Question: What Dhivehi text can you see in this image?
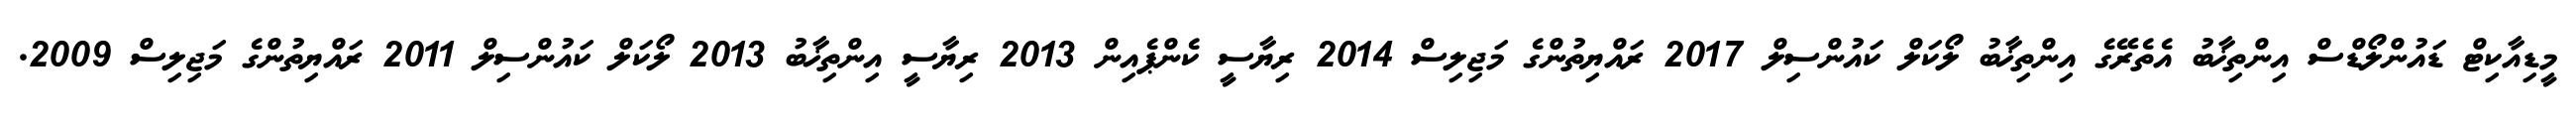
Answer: މީޑިއާކިޓް ޑައުންލޯޑްސް އިންތިޚާބު އެތެރޭގެ އިންތިޚާބު ލޯކަލް ކައުންސިލް 2017 ރައްޔިތުންގެ މަޖިލިސް 2014 ރިޔާސީ ކެންޕެއިން 2013 ރިޔާސީ އިންތިޚާބު 2013 ލޯކަލް ކައުންސިލް 2011 ރައްޔިތުންގެ މަޖިލިސް 2009.